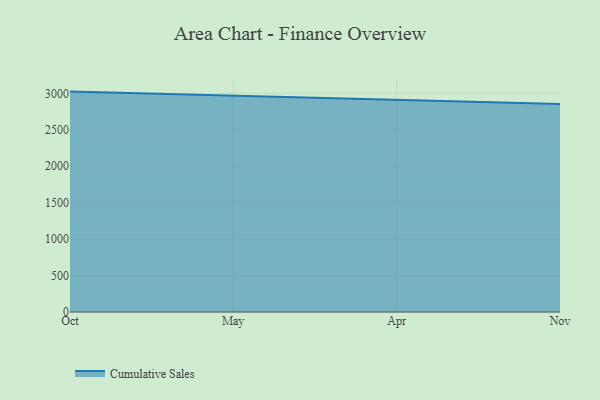
{"axis": {"x": "Month", "y": "Operating Costs (USD K)"}, "legend": ["Cumulative Sales"], "data": [{"x": "Oct", "y": 3024.4, "type": "Cumulative Sales"}, {"x": "May", "y": 2967.7, "type": "Cumulative Sales"}, {"x": "Apr", "y": 2918.6, "type": "Cumulative Sales"}, {"x": "Nov", "y": 2855.2, "type": "Cumulative Sales"}]}